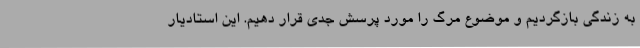
به زندگی بازگردیم و موضوع مرگ را مورد پرسش جدی قرار دهیم. این استادیار